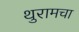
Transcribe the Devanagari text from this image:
थुरामचा